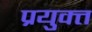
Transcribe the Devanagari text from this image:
प्रयुक्त्त